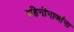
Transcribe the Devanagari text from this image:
गहिनीनाथांना